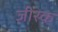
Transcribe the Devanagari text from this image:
जीरक